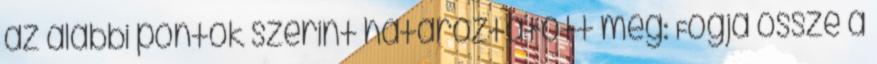
az alábbi pontok szerint határoztatott meg: Fogja össze a